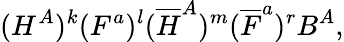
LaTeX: (H^{A})^{k}(F^{a})^{l}({\overline{{H}}}^{A})^{m}({\overline{{F}}}^{a})^{r}B^{A},